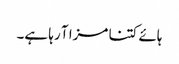
ہائے کتنا مزا آ رہا ہے۔